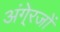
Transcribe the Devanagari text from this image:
अंगे्रजों